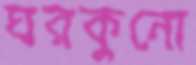
ঘরকুনো